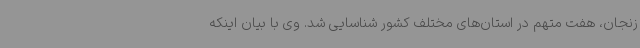
زنجان، هفت متهم در استان‌های مختلف کشور شناسایی شد. وی با بیان اینکه